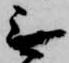
無